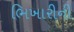
ભિખારીની